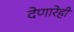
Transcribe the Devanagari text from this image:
देणारेही